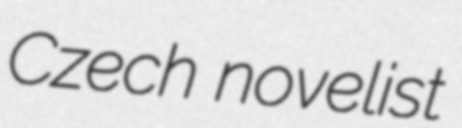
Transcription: Czech novelist